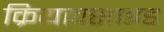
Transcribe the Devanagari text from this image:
क्रियाक्साइड